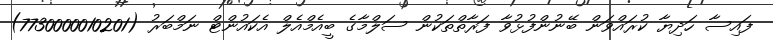
ފައިސާ ހަދިޔާ ކުރައްވަން ބޭނުންފުޅުވާ ފަރާތްތަކުން ސަލްމާގެ ބީއެމްއެލް އެކައުންޓް ނަމްބަރު (7730000010201)